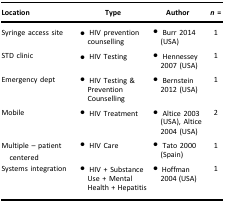
<table><thead><tr><td><b>Location</b></td><td><b>Type</b></td><td><b>Author</b></td><td><b><i>n</i> = </b></td></tr></thead><tbody><tr><td>Syringe access site</td><td>• HIV prevention counselling</td><td>• Burr 2014 (USA)</td><td>1</td></tr><tr><td>STD clinic</td><td>• HIV Testing</td><td>• Hennessey 2007 (USA)</td><td>1</td></tr><tr><td>Emergency dept</td><td>• HIV Testing &amp; Prevention Counselling</td><td>• Bernstein 2012 (USA)</td><td>1</td></tr><tr><td>Mobile</td><td>• HIV Treatment</td><td>• Altice 2003 (USA), Altice 2004 (USA)</td><td>2</td></tr><tr><td>Multiple – patient centered</td><td>• HIV Care</td><td>• Tato 2000 (Spain)</td><td>1</td></tr><tr><td>Systems integration</td><td>• HIV + Substance Use + Mental Health + Hepatitis</td><td>• Hoffman 2004 (USA)</td><td>1</td></tr></tbody></table>